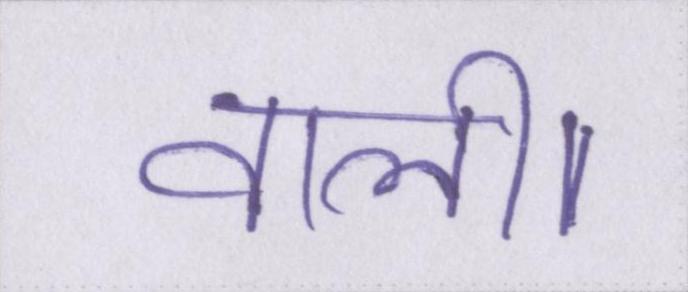
वाली।